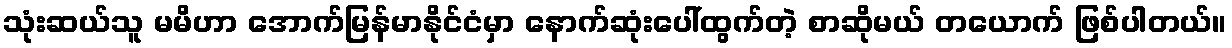
သုံးဆယ်သူ မမိဟာ အောက်မြန်မာနိုင်ငံမှာ နောက်ဆုံးပေါ်ထွက်တဲ့ စာဆိုမယ် တယောက် ဖြစ်ပါတယ်။